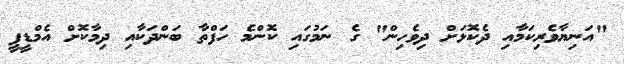
"އަނިޔާވެރިކަމާއި ދެކޮޅަށް ދިވެހިން" ގެ ނަމުގައި ކޮންމެ ހަފްތާ ބަންދަކާއި ދިމާކޮށް އެމްޑީޕީ